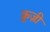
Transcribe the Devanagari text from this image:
क्रुज़ी